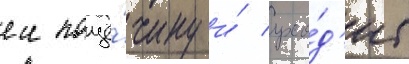
еи пощё́чину и́ ухо́д'ит